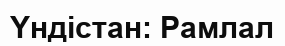
Yндістан: Рамлал